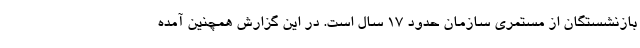
بازنشستگان از مستمری سازمان حدود ۱۷ سال است. در این گزارش همچنین آمده